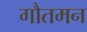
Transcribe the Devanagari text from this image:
गौतमन